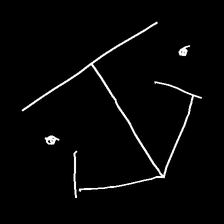
Glyph: earth